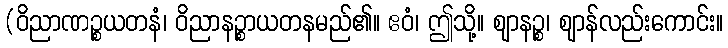
(ဝိညာဏဉ္စယတနံ၊ ဝိညာနဉ္စာယတနမည်၏။ ဧဝံ၊ ဤသို့။ ဈာနဉ္စ၊ ဈာန်လည်းကောင်း။